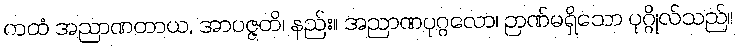
ကထံ အညာဏတာယ, အာပဇ္ဇတိ၊ နည်း။ အညာဏပုဂ္ဂလော၊ ဉာဏ်မရှိသော ပုဂ္ဂိုလ်သည်။